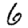
Digit: 6